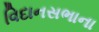
વિદાનસભાના